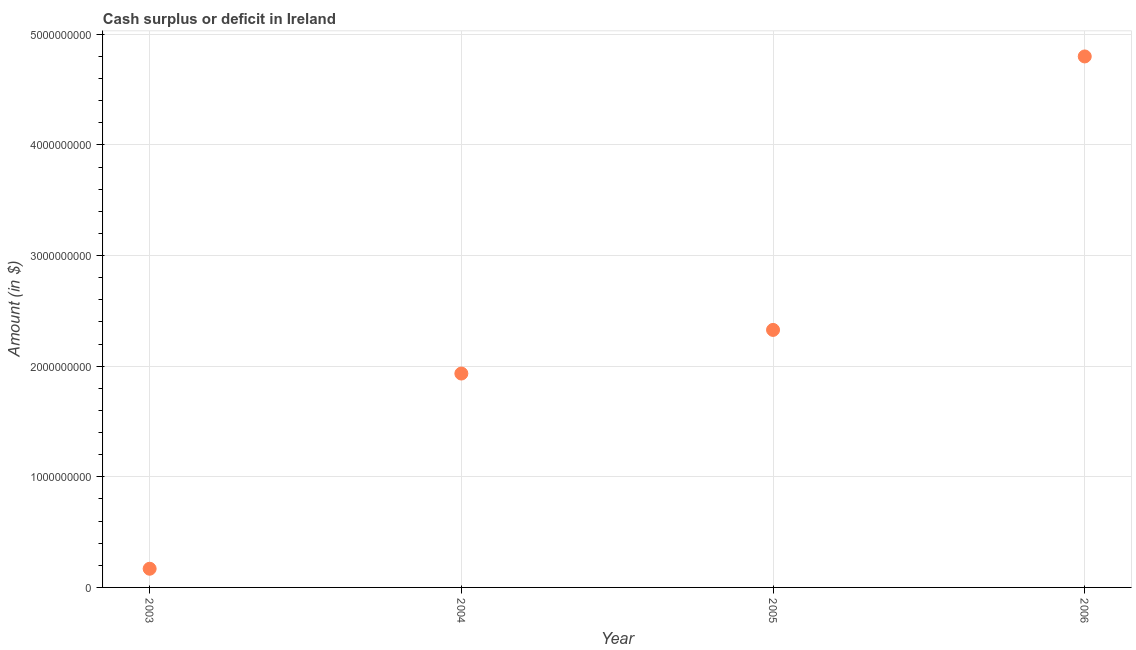
| Year | Cash surplus or deficit |
 | --- | --- |
 | 2003 | 1.69e+08 |
 | 2004 | 1.93e+09 |
 | 2005 | 2.33e+09 |
 | 2006 | 4.8e+09 |